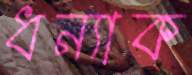
ধন্যাক